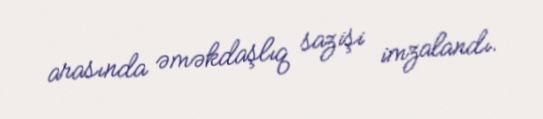
arasında əməkdaşlıq sazişi imzalandı.